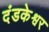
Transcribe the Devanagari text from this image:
दंडकेश्वर